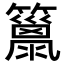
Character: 𥶢